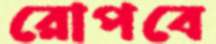
রোপবে